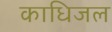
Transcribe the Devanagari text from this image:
काधिजल